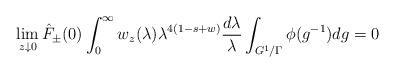
LaTeX: \begin{align*}\lim_{z \downarrow 0}\hat{F}_{\pm}(0)\int_0^\infty w_z(\lambda)\lambda^{4(1-s+w)} \frac{d\lambda}{\lambda} \int_{G^1/\Gamma} \phi(g^{-1}) dg = 0\end{align*}